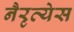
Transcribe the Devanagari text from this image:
नैरृत्येस